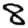
Digit: 8